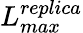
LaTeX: L_{max}^{replica}